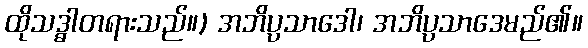
ထိုသဒ္ဓါတရားသည်။) အဘိပ္ပသာဒေါ၊ အဘိပ္ပသာဒေမည်၏။